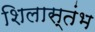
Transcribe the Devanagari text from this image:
शिलास्तंभ